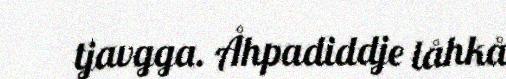
tjavgga. Åhpadiddje låhkå